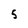
Character: 5